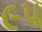
૯પ